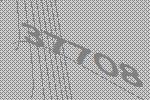
37708